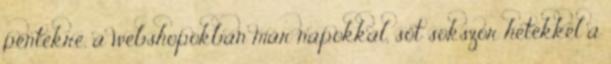
péntekre, a webshopokban már napokkal, sőt sokszor hetekkel a